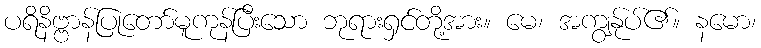
ပရိနိဗ္ဗာန်ပြုတော်မူကုန်ပြီးသော ဘုရားရှင်တို့အား။ မေ၊ အကျွန်ုပ်၏။ နမော၊